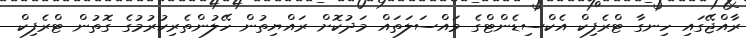
ރާއްޖޭގައި ހިނގާ ޓްރެފިކް އެކްސިޑެންޓްގެ މައްސަލަތައް މަދުކޮށް ރައްޔިތުން ހޭލުންތެރިކުރުމުގެ ގޮތުން ޓްރެފިކް